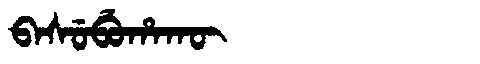
Manchu: ᠪᠠᠰᡠᠪᡠᡥᠠᡴᡡ
Romanization: BASUBUHAKŪ